Leaving Certificate Examination (including Day School Certificate (Higher) General paper), 1937
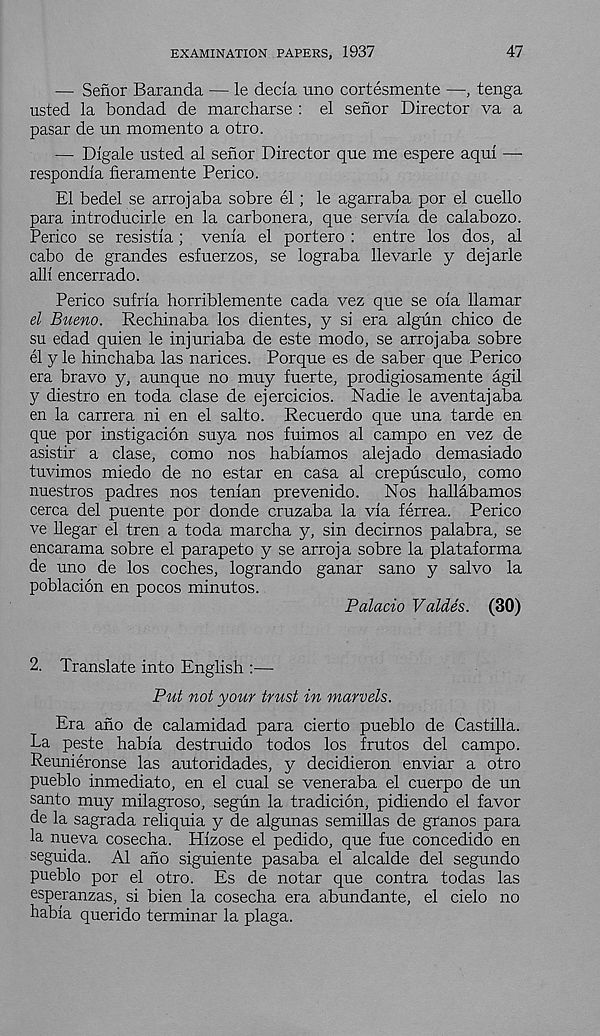
EXAMINATION PAPERS, 1937
47
— Senor Baranda — le decia uno cortesmente —, tenga
usted la bondad de marcharse : el senor Director va a
pasar de tin momento a otro.
— Dlgale usted al senor Director que me espere aqui —
respondia fieramente Perico.
El bedel se arrojaba sobre el; le agarraba por el cuello
para introducirle en la carbonera, que servia de calabozo.
Perico se resistia ; venia el portero : entre los dos, al
cabo de grandes esfuerzos, se lograba llevarle y dejarle
alii encerrado.
Perico sufria horriblemente cada vez que se oia llamar
el Bueno. Rechinaba los dientes, y si era algun chico de
su edad quien le injuriaba de este modo, se arrojaba sobre
el y le hinchaba las narices. Porque es de saber que Perico
era bravo y, aunque no muy fuerte, prodigiosamente agil
y diestro en toda clase de ejercicios. Nadie le aventajaba
en la carrera ni en el salto. Recuerdo que una tarde en
que por instigacion suya nos fuimos al campo en vez de
asistir a clase, como nos habiamos alejado demasiado
tuvimos miedo de no estar en casa al crepusculo, como
nuestros padres nos tenian prevenido.
Nos hallabamos
cerca del puente por donde cruzaba la via ferrea. Perico
ve llegar el tren a toda marcha y, sin decirnos palabra, se
encarama sobre el parapeto y se arroja sobre la plataforma
de uno de los coches, logrando ganar sano y salvo la
poblacion en pocos minutes.
Palacio Valdes. (30)
2. Translate into English :—
Put not your trust in marvels.
Era ano de calamidad para cierto pueblo de Castilla.
La peste habia destruido todos los frutos del campo.
Reunieronse las autoridades, y decidieron enviar a otro
pueblo inmediato, en el cual se veneraba el cuerpo de un
santo muy milagroso, segun la tradicion, pidiendo el favor
de la sagrada reliquia y de algunas semillas de granos para
la nueva cosecha. Hizose el pedido, que fue concedido en
seguida. Al ano siguiente pasaba el alcalde del segundo
pueblo por el otro. Es de notar que contra todas las
esperanzas, si bien la cosecha era abundante, el cielo no
habia querido terminar la plaga.